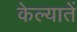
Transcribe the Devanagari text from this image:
केल्यातें